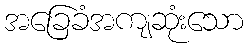
အခြေခံအကျဆုံးသော